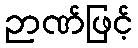
ဉာဏ်ဖြင့်